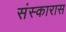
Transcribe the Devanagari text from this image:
संस्कारास